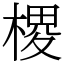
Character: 㮨